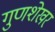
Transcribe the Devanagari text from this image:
गुणशेखर